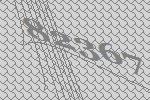
82367